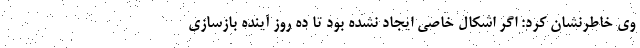
وی خاطرنشان کرد: اگر اشکال خاصی ایجاد نشده بود تا ده روز آینده بازسازی